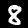
Digit: 8